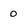
Character: 0